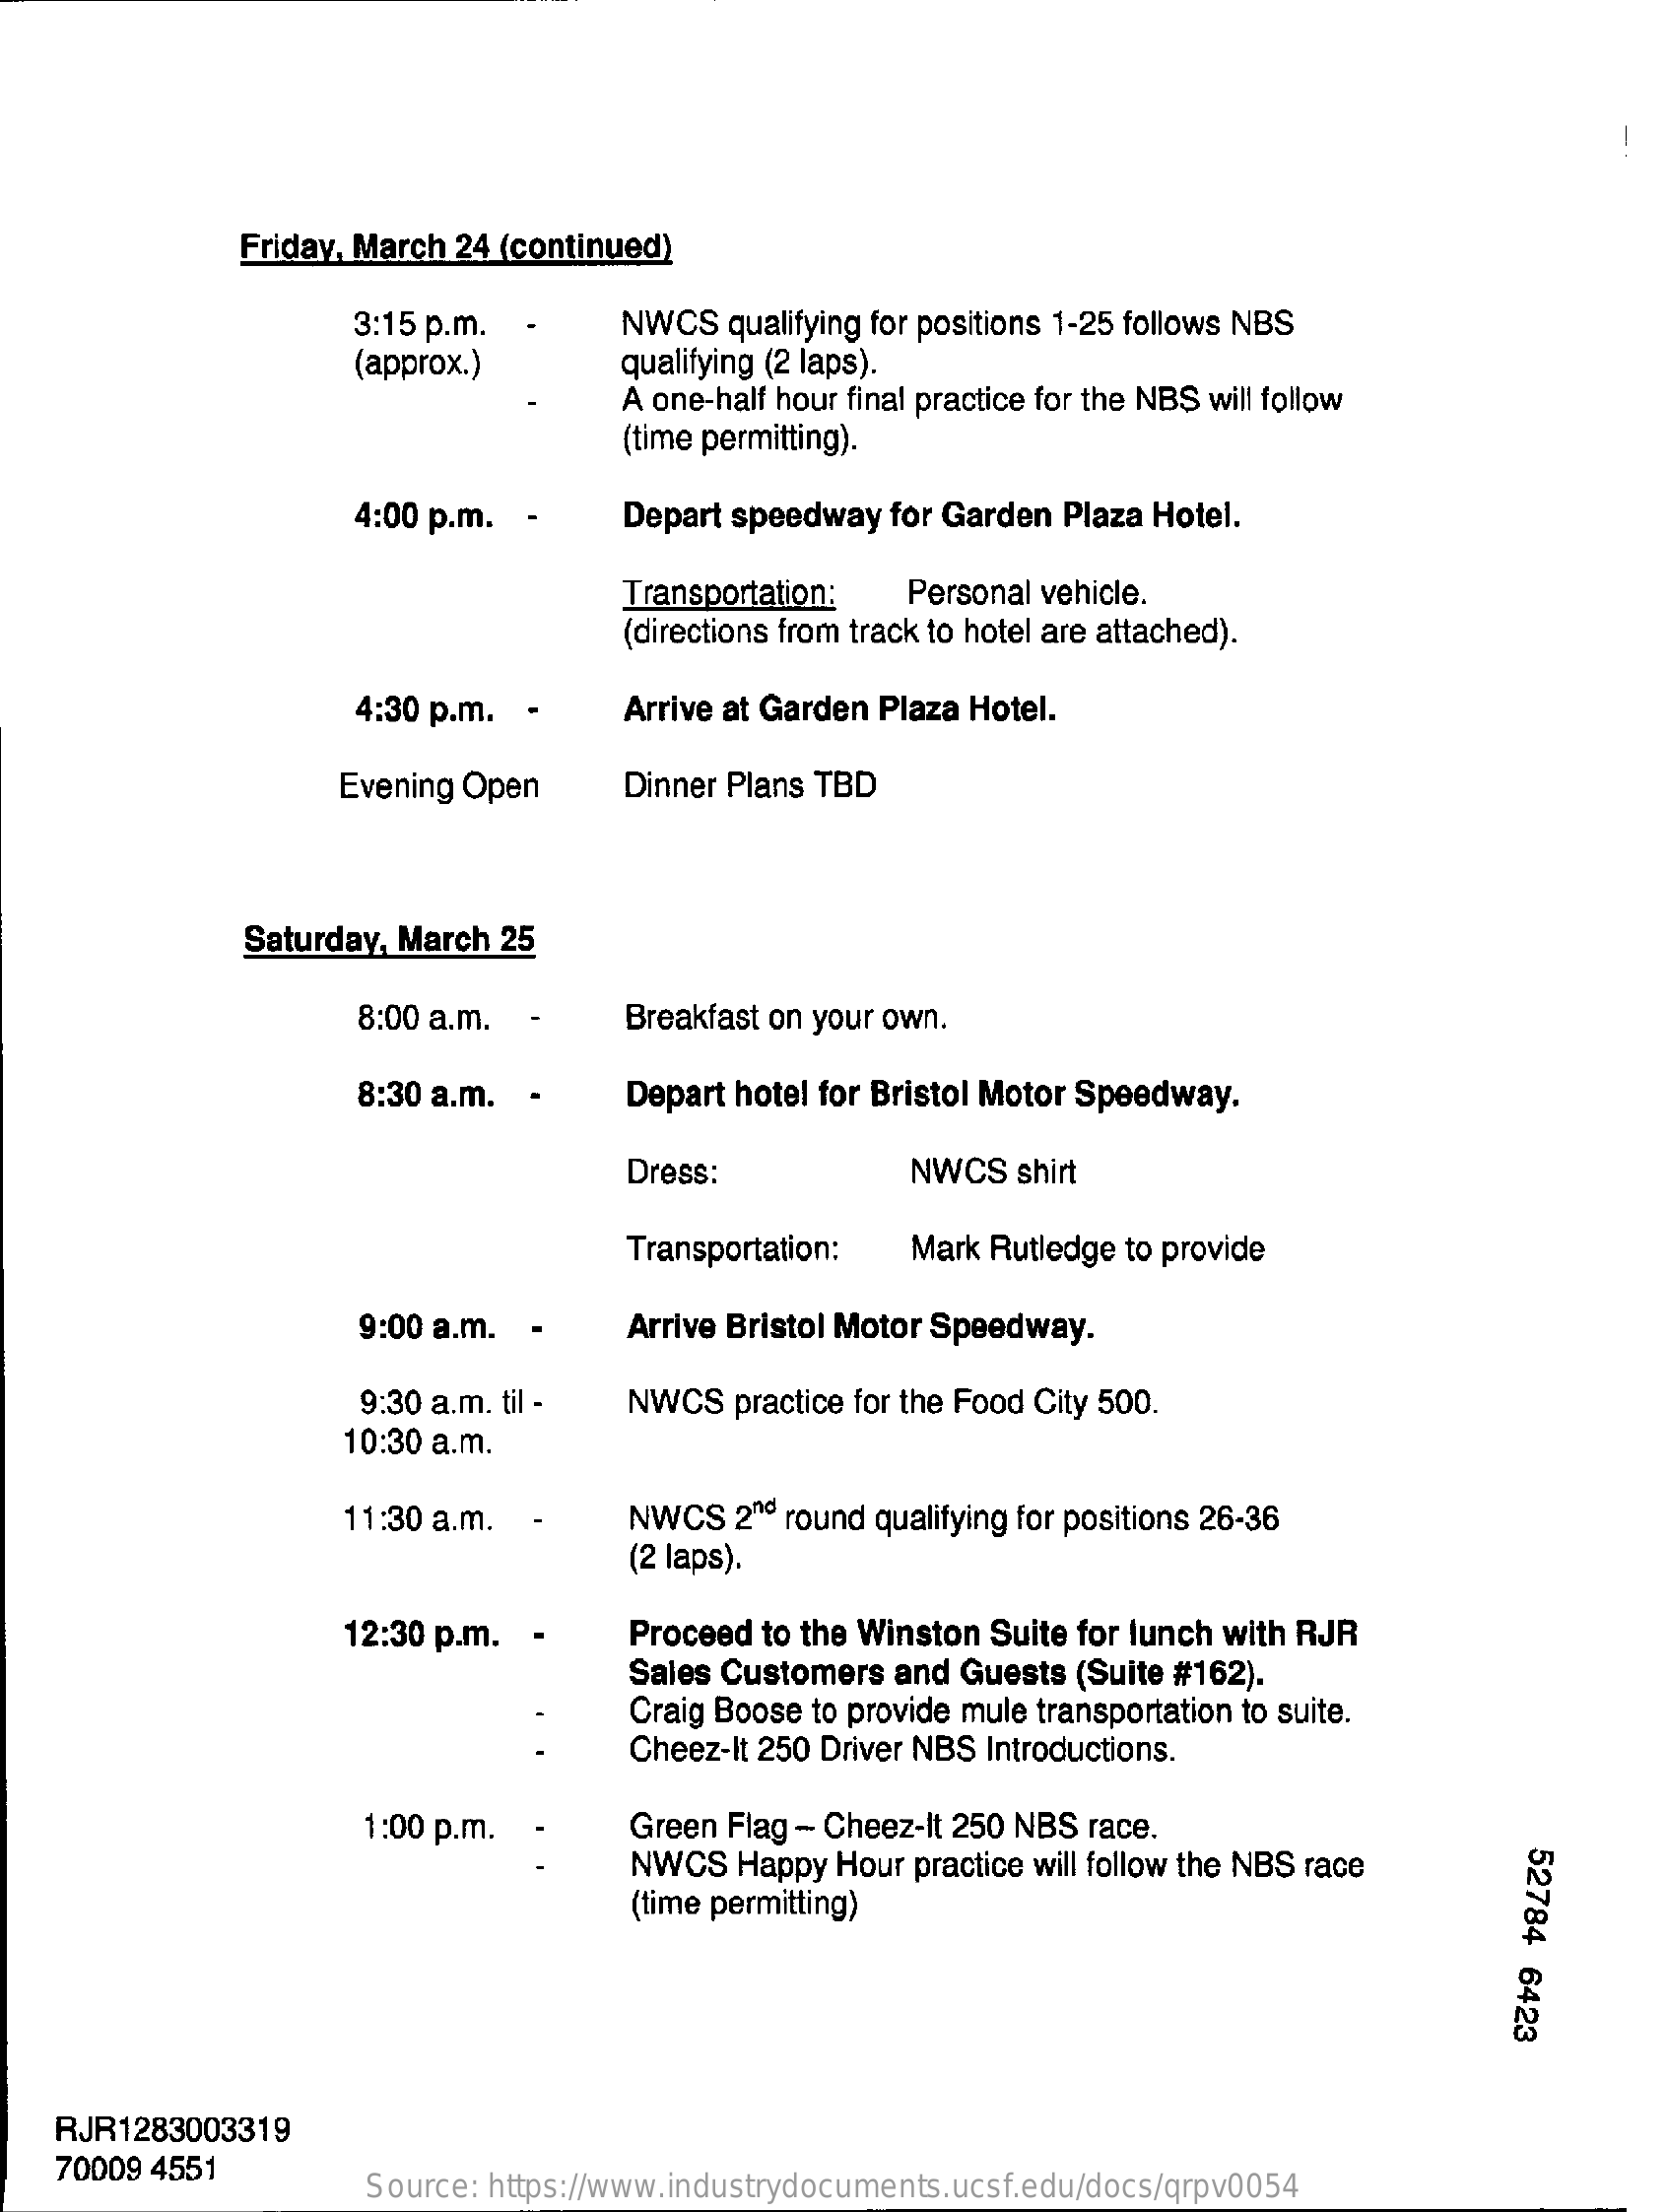
Friday, March 24 (continued)
     3:15 p.m.    NWCS  qualifying for positions 1-25 follows NBS
     (approx.)    qualifying (2 laps).
     A one-half hour final practice for the NBS will follow
     (time permitting).
     4:00 p.m.    Depart speedway for Garden Plaza Hotel.
     Transportation:   Personal vehicle.
     (directions from track to hotel are attached).
     4:30 p.m. -    Arrive at Garden Plaza Hotel.
     Evening Open    Dinner Plans TBD
     Saturday, March 25
     8:00 a.m.    Breakfast on your own.
     8:30 a.m.    Depart hotel for Bristol Motor Speedway.
     Dress:    NWCS  shirt
     Transportation:   Mark Rutledge to provide
     9:00 a.m.  -    Arrive Bristol Motor Speedway.
     9:30 a.m. til -  NWCS  practice for the Food City 500.
     10:30 a.m.
     11:30 a.m.    NWCS   2nd round qualifying for positions 26-36
     (2 laps).
     12:30 p.m.    Proceed to the Winston Suite for lunch with RJR
     Sales Customers  and Guests (Suite #162).
     Craig Boose to provide mule transportation to suite.
     Cheez-It 250 Driver NBS Introductions.
     1:00 p.m.    Green Flag - Cheez-It 250 NBS race.
     NWCS   Happy Hour practice will follow the NBS race
     52784
     6423
     (time permitting)
    RJR1283003319
    70009 4551
     Source: https://www.industrydocuments.ucsf.edu/docs/qrpv0054